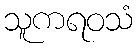
သူကရဝသံ